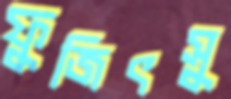
ফুজিৎসু